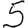
Digit: 5